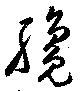
纔